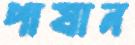
পাষান